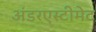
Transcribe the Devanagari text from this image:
अंडरएस्टीमेट